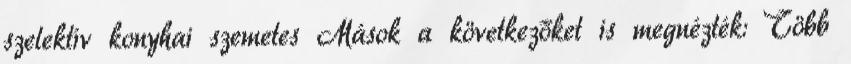
szelektív konyhai szemetes Mások a következőket is megnézték: Több